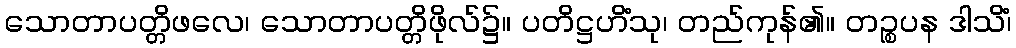
သောတာပတ္တိဖလေ၊ သောတာပတ္တိဖိုလ်၌။ ပတိဋ္ဌဟိံသု၊ တည်ကုန်၏။ တဉ္စပန ဒါသိံ၊